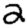
Digit: 2